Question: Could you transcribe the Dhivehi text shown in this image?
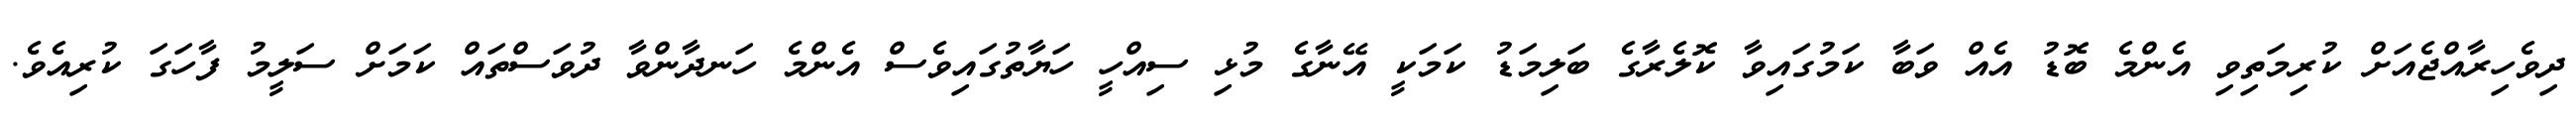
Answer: ދިވެހިރާއްޖެއަށް ކުރިމަތިވި އެންމެ ބޮޑު އެއް ވަބާ ކަމުގައިވާ ކޮލެރާގެ ބަލިމަޑު ކަމަކީ އޭނާގެ މުޅި ސިއްހީ ހަޔާތުގައިވެސް އެންމެ ހަނދާންވާ ދުވަސްތައް ކަމަށް ސަލީމު ފާހަގަ ކުރިއެވެ.